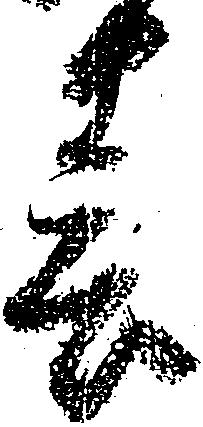
春